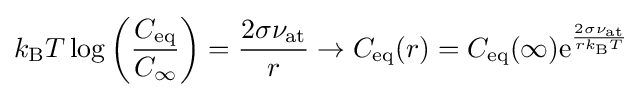
k_{\mathrm {B} }T\log \left({\frac {C_{\mathrm {eq} }}{C_{\infty }}}\right)={\frac {2\sigma \nu _{\mathrm {at} }}{r}}\rightarrow C_{\mathrm {eq} }(r)=C_{\mathrm {eq} }(\infty )\mathrm {e} ^{\frac {2\sigma \nu _{\mathrm {at} }}{rk_{\mathrm {B} }T}}